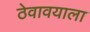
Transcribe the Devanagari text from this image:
ठेवावयाला